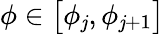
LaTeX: \displaystyle\phi\in\bigl[\phi_{\mathit{j}},\phi_{\mathit{j}+1}\bigr]